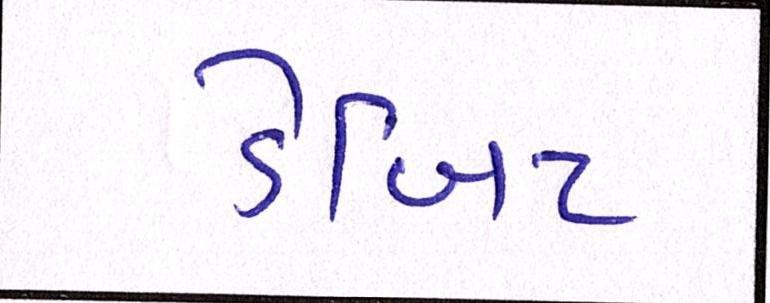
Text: ડેબિટ